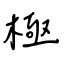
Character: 極